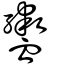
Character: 衋